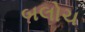
બલોચ